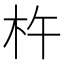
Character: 杵